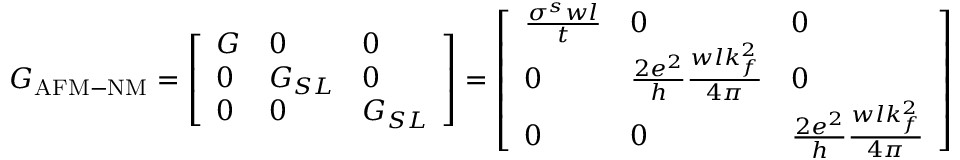
G _ { \mathrm { A F M - N M } } = \left[ \begin{array} { l l l } { G } & { 0 } & { 0 } \\ { 0 } & { G _ { S L } } & { 0 } \\ { 0 } & { 0 } & { G _ { S L } } \end{array} \right] = \left[ \begin{array} { l l l } { \frac { \sigma ^ { s } w l } { t } } & { 0 } & { 0 } \\ { 0 } & { \frac { 2 e ^ { 2 } } { h } \frac { w l k _ { f } ^ { 2 } } { 4 \pi } } & { 0 } \\ { 0 } & { 0 } & { \frac { 2 e ^ { 2 } } { h } \frac { w l k _ { f } ^ { 2 } } { 4 \pi } } \end{array} \right]